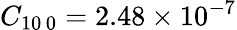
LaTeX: C_{10\, 0}=2.48\times 10^{-7}